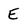
Character: E